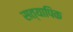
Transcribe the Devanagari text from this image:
सत्यापिक